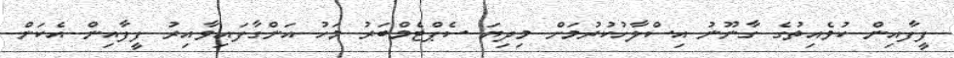
ފީފާއިން ކުވެއިތުގެ ގާނޫނު އިސްލާހުކުރުމަށް މިދިޔަ ސެޕްޓެމްބަރު މަހު އަންގާފައިވާއިރު ފީފާއިން އެކަން